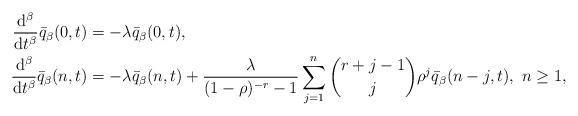
LaTeX: \begin{align*}\begin{aligned}\frac{\mathrm{d}^{\beta}}{\mathrm{d}t^{\beta}}\bar{q}_{\beta}(0,t)&=-\lambda \bar{q}_{\beta}(0,t),\\\frac{\mathrm{d}^{\beta}}{\mathrm{d}t^{\beta}}\bar{q}_{\beta}(n,t)&=-\lambda \bar{q}_{\beta}(n,t)+\frac{\lambda}{(1-\rho)^{-r}-1}\sum_{j=1}^{n}\binom{r+j-1}{j}\rho^{j}\bar{q}_{\beta}(n-j,t),\ n\ge 1,\end{aligned}\end{align*}